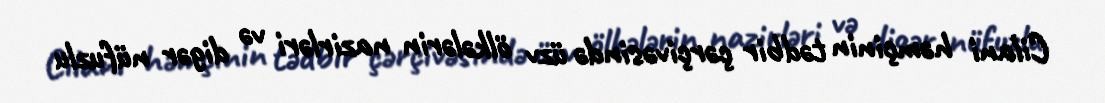
Cilani həmçinin tədbir çərçivəsində üzv ölkələrin nazirləri və digər nüfuzlu